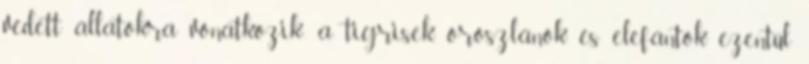
védett állatokra vonatkozik: a tigrisek, oroszlánok és elefántok ezentúl